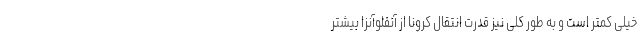
خیلی کمتر است و به طور کلی نیز قدرت انتقال کرونا از آنفلوآنزا بیشتر